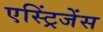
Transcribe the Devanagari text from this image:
एस्ट्रिंजेंस